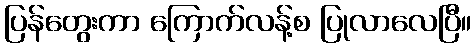
ပြန်တွေးကာ ကြောက်လန့်စ ပြုလာလေပြီ။